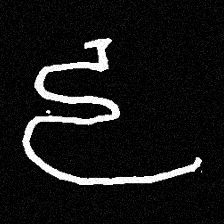
Pyu character \u2014 Myanmar letter: ဠ (romanized: lla)